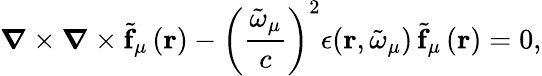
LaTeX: \boldsymbol{\nabla}\times\boldsymbol{\nabla}\times\tilde{\mathbf{f}}_{{\mu}}\left(\mathbf{r}\right)-\left(\frac{\tilde{\omega}_{{\mu}}}{c}\right)^{2}\epsilon(\mathbf{r},\tilde{\omega}_{\mu})\, \tilde{\mathbf{f}}_{{\mu}}\left(\mathbf{r}\right)=0,